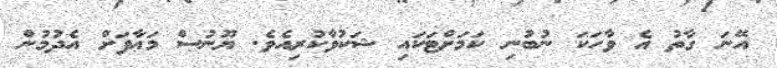
އޭނަ ގާތު އެ ވާހަކަ ނުބުނި ކަމަށްޓަކައި ޝަކުވާކުރިއެވެ. ޔޫނުސް މަޢާފަށް އެދުމުން